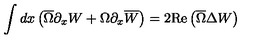
\int d x \left( \overline { { \Omega } } \partial _ { x } W + \Omega \partial _ { x } \overline { { W } } \right) = 2 \mathrm { R e } \left( \overline { { \Omega } } \Delta W \right)